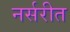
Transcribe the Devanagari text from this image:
नर्सरीत